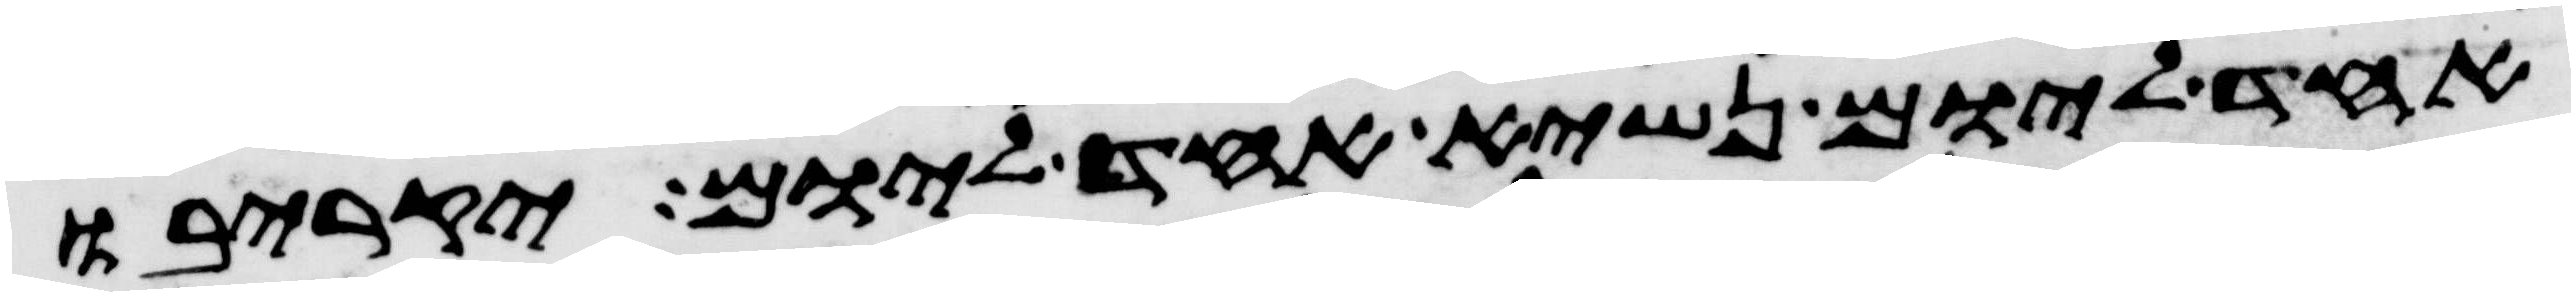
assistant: אחד ליום נשיא אחד ליום יקריבו